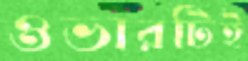
ওভারটিই